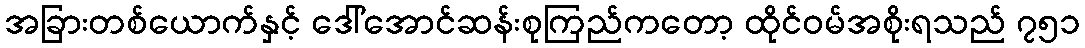
အခြားတစ်ယောက်နှင့် ဒေါ်အောင်ဆန်းစုကြည်ကတော့ ထိုင်ဝမ်အစိုးရသည် ၇၅၁